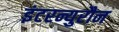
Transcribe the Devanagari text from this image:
इंटरन्युरौन